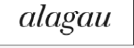
alagau